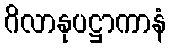
ဂိလာနုပဋ္ဌာကာနံ